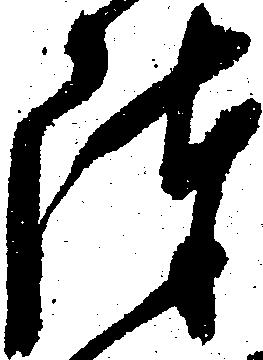
陣